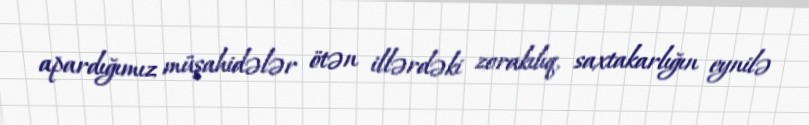
apardığımız müşahidələr ötən illərdəki zorakılıq, saxtakarlığın eynilə